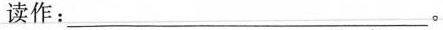
读作：___。